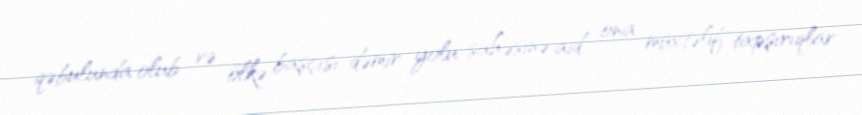
qəbulunda olub və ölkə başçısı dəmir yolu sahəsinə aid ona müxtəlif tapşırıqlar